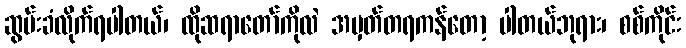
ဆွမ်းခံလိုက်ရပါတယ်၊ ထိုဆရာတော်ကိုလဲ အမှတ်တရကန်တော့ ပါတယ်ဘုရား၊ စစ်ကိုင်း